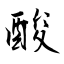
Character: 酸